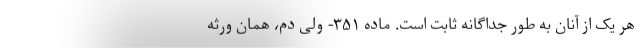
هر یک از آنان به طور جداگانه ثابت است. ماده ۳۵۱- ولی دم، همان ورثه